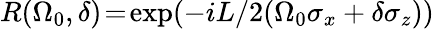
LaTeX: R(\Omega_{0},\delta)\! =\! \exp(-iL/2(\Omega_{0}\sigma_{x}+\delta\sigma_{z}))